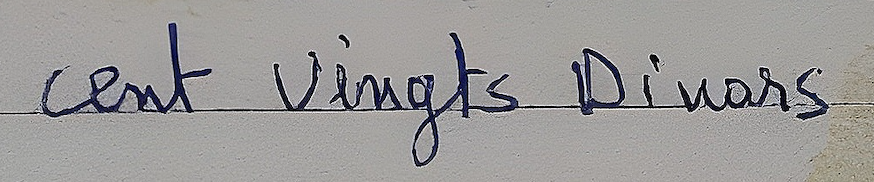
cent Vingts Dinars